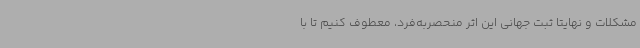
مشکلات و نهایتاً ثبت جهانی این اثر منحصربه‌فرد، معطوف کنیم تا با